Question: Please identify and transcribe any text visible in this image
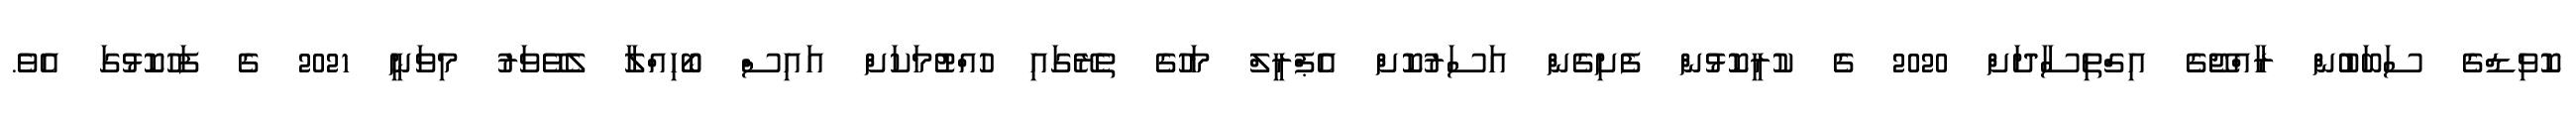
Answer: ކޮވިޑްގެ ސަބަބުން ރާއްޖޭގެ އިގްތިސާދަށް 2020 ގެ ކުރީކޮޅުން ފެށިގެން އަސަރުކޮށް އެޕްރީލް މަހުގެ ތެރޭގައި ހުއްޓުމަކަށް އައިސް ބޯހިއްލާ ލެވޭވަރު މިވަނީ 2021 ގެ ފަހުކޮޅުގަ އެވެ.